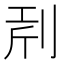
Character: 𠜝